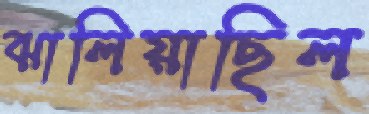
ঝালিয়াছিল